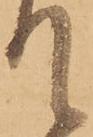
て